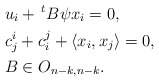
\begin{align*}&u_{i} + \, ^{t}B\psi x_{i} = 0, \\ &c^{i}_{j} + c^{j}_{i} + \langle x_{i}, x_{j} \rangle = 0, \\ &B \in O_{n-k,n-k}. \end{align*}